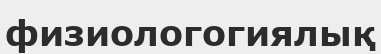
физиологогиялық